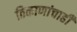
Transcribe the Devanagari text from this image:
ठिकाणांचाही